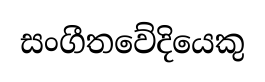
සංගීතවේදියෙකු